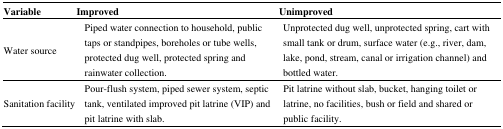
| Variable | Improved | Unimproved |
 | --- | --- | --- |
 | Water source | Piped water connection to household, public taps or standpipes, boreholes or tube wells, protected dug well, protected spring and rainwater collection. | Unprotected dug well, unprotected spring, cart with small tank or drum, surface water (e.g., river, dam, lake, pond, stream, canal or irrigation channel) and bottled water. |
 | Sanitation facility | Pour-flush system, piped sewer system, septic tank, ventilated improved pit latrine (VIP) and pit latrine with slab. | Pit latrine without slab, bucket, hanging toilet or latrine, no facilities, bush or field and shared or public facility. |